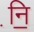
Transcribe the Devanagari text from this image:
नि़॒